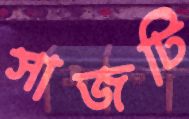
সাজটি